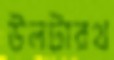
উলটারথ